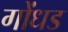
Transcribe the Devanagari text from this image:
गोंधड